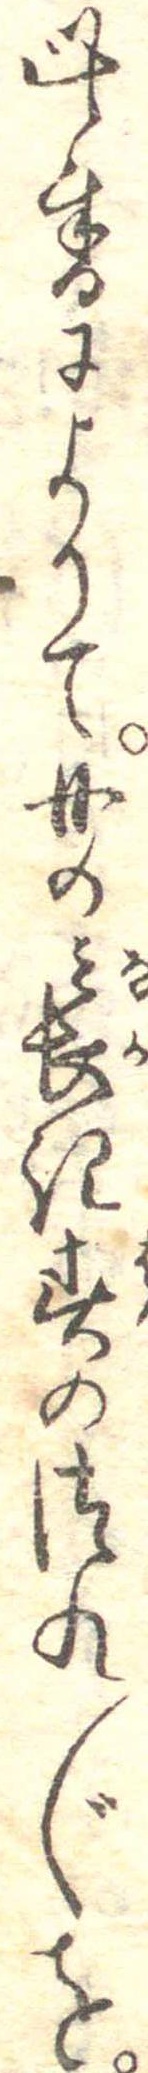
此書によりて口の長き春のつれ〲を